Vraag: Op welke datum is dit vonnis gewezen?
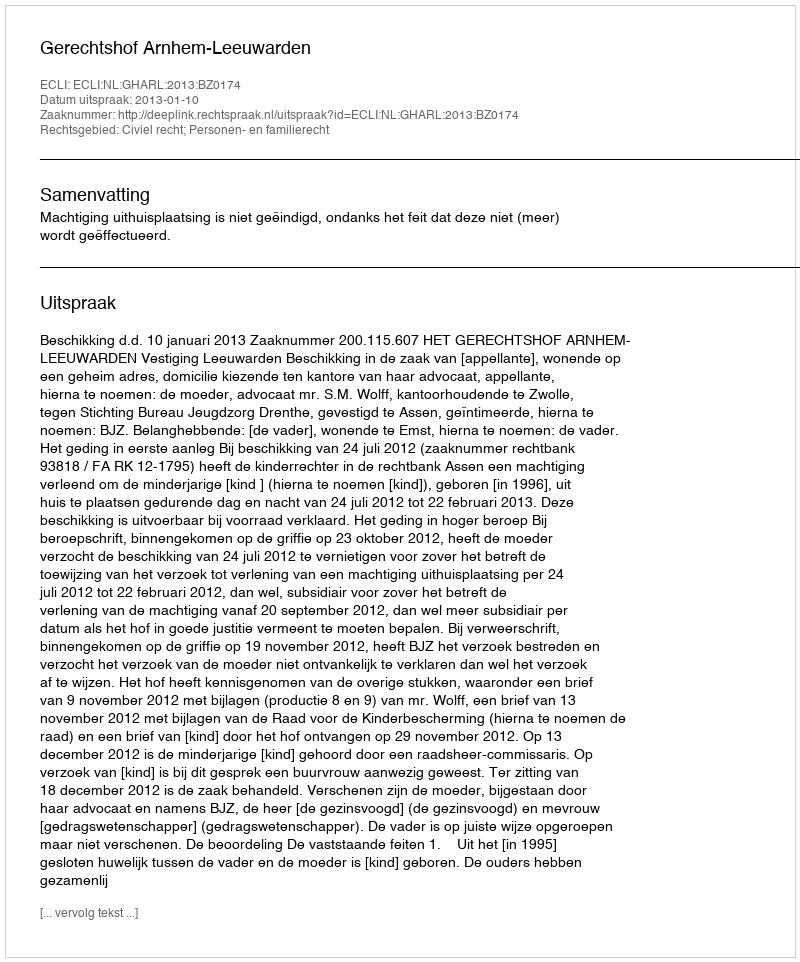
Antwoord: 2013-01-10